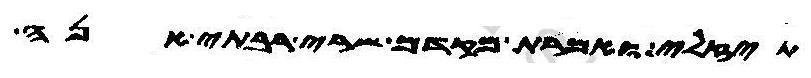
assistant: תיזלי ואמרת מקדם שרי רבתי אנה